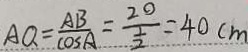
A Q = \frac { A B } { \cos A } = \frac { 2 0 } { \frac { 1 } { 2 } } = 4 0 c m